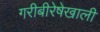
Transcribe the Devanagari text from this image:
गरीबीरेषेखाली